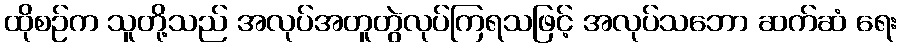
ထိုစဉ်က သူတို့သည် အလုပ်အတူတွဲလုပ်ကြရသဖြင့် အလုပ်သဘော ဆက်ဆံ ရေး